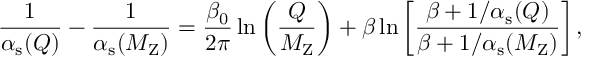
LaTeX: \frac { 1 } { \alpha _ { \mathrm { s } } ( Q ) } - \frac { 1 } { \alpha _ { \mathrm { s } } ( M _ { \mathrm { Z } } ) } = \frac { \beta _ { 0 } } { 2 \pi } \ln \left( \frac { Q } { M _ { \mathrm { Z } } } \right) + \beta \ln \left[ \frac { \beta + 1 / \alpha _ { \mathrm { s } } ( Q ) } { \beta + 1 / \alpha _ { \mathrm { s } } ( M _ { \mathrm { Z } } ) } \right] ,